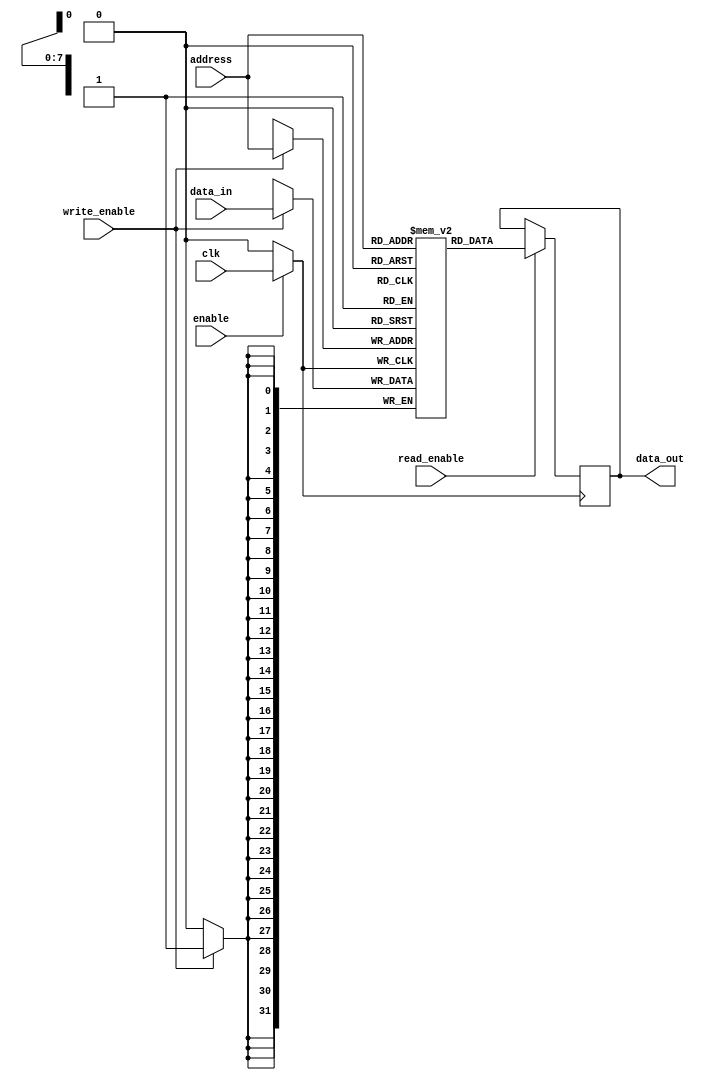
module MemoryBlock(
    input wire clk,               // Main clock signal
    input wire enable,            // Enable signal for clock gating
    input wire [7:0] address,     // Memory address (8-bit wide)
    input wire [31:0] data_in,    // Data input (32-bit wide for write)
    input wire read_enable,        // Signal to enable read operation
    input wire write_enable,       // Signal to enable write operation
    output reg [31:0] data_out     // Data output (32-bit wide for read)
);

// Parameter for memory size
parameter MEM_SIZE = 256; // Size of the memory array

// Memory array declaration
reg [31:0] mem_array [0:MEM_SIZE-1];

// Internal clock gated signal
wire gated_clk;

// Clock gating logic
assign gated_clk = enable ? clk : 1'b0; // Gated clock output

// Always block for synchronous operation
always @(posedge gated_clk) begin
    if (write_enable) begin
        mem_array[address] <= data_in; // Write data to memory
    end
end

// Read operation (on the posedge of gated clock)
always @(posedge gated_clk) begin
    if (read_enable) begin
        data_out <= mem_array[address]; // Read data from memory
    end
end

endmodule